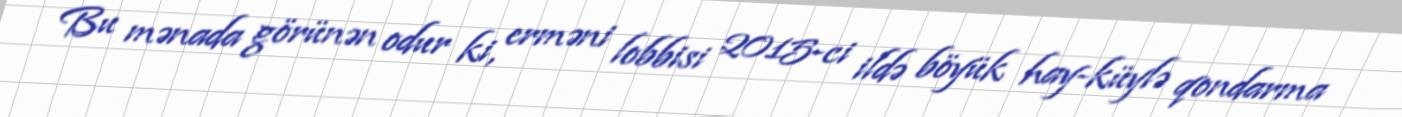
Bu mənada görünən odur ki, erməni lobbisi 2015-ci ildə böyük hay-küylə qondarma